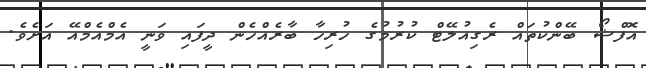
އޮފްޝޯ ބޭންކުތައް ރެގިއުލޭޓް ކުރުމުގެ ހުރިހާ ބާރެއްހެން ދީފައި ވަނީ އެމްއެމްއޭ އަށެވެ.